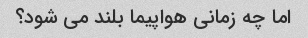
اما چه زمانی هواپیما بلند می شود؟